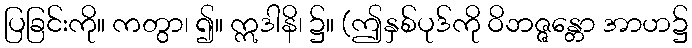
ပြခြင်းကို။ ကတွာ၊ ၍။ ဣဒါနိ၊ ၌။ (ဤနှစ်ပုဒ်ကို ဝိဘဇ္ဇန္တော အာဟ၌